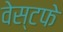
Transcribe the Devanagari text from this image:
वेस्टफे